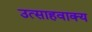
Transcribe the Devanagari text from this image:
उत्साहवाक्य